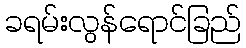
ခရမ်းလွန်ရောင်ခြည်